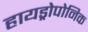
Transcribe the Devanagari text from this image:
हायड्रोपोनिक